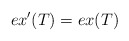
\begin{align*}ex'(T)=ex(T) \end{align*}